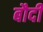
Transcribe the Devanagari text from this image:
बौदी